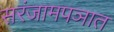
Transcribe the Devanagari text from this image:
सरंजामपञात